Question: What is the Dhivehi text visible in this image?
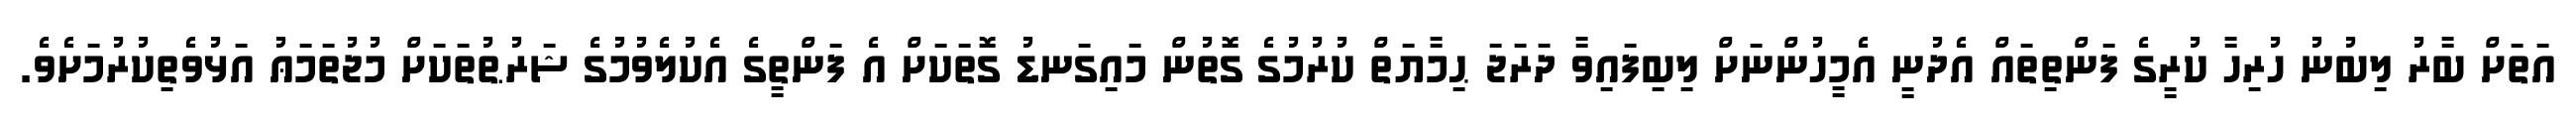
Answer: އަތަށް ބާރު ލިބުނު ހުރިހާ ކުރީގެ ފަންތިތައް އެދުނީ އެމީހުންނަށް ލިބިފައިވާ ދަރަޖަ ޙިމާޔަތް ކުރުމުގެ ގޮތުން މައިގަނޑު ގޮތަކަށް އެ ފަންތީގެ އެކުލެވުމުގެ ޝަރުޠުތަކަށް މުޖުތަމަޢު އަޅުވެތިކުރުމަށެވެ.